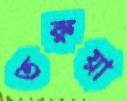
তরুয়া